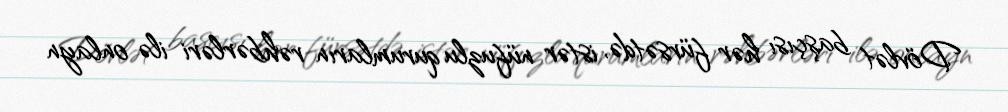
Dövlət başçısı hər fürsətdə, istər nüfuzlu qurumların rəhbərləri ilə onlayn